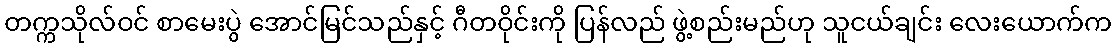
တက္ကသိုလ်ဝင် စာမေးပွဲ အောင်မြင်သည်နှင့် ဂီတဝိုင်းကို ပြန်လည် ဖွဲ့စည်းမည်ဟု သူငယ်ချင်း လေးယောက်က